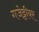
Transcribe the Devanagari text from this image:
गजेट्टीयर